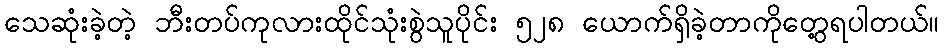
သေဆုံးခဲ့တဲ့ ဘီးတပ်ကုလားထိုင်သုံးစွဲသူပိုင်း ၅၂၈ ယောက်ရှိခဲ့တာကိုတွေ့ရပါတယ်။